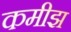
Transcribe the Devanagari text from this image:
कमीझ